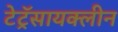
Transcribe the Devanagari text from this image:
टेट्रॅसायक्लीन